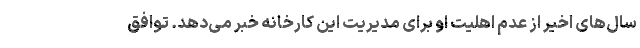
سال‌های اخیر از عدم اهلیت او برای مدیریت این کارخانه خبر می‌دهد. توافق